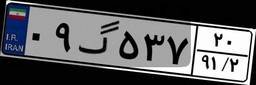
۰۹گ۵۳۷۲۰